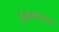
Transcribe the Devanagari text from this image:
हेळवाकच्या